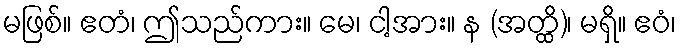
မဖြစ်။ ဧတံ၊ ဤသည်ကား။ မေ၊ ငါ့အား။ န (အတ္ထိ)၊ မရှိ။ ဧဝံ၊